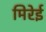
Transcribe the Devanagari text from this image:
मिरेई